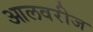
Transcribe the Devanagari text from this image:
आलवरीज